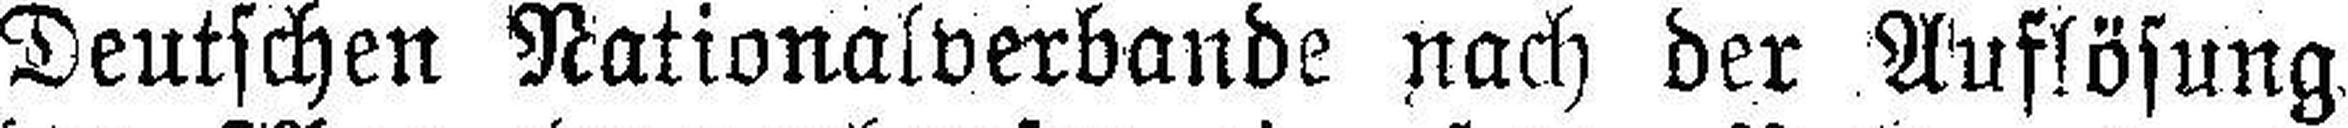
Deutschen Nationalverbande nach der Auflösung